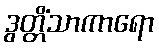
ဒွတ္တိံသာကာရော